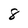
Character: 8